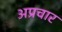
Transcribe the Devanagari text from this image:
अप्रचार